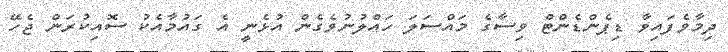
ދިމާވެފައިވާ ޑިޕެންޑެންޓް ވިސާގެ މައްސަލަ ހައްލުނުވެގެން އުޅެނީ އެ ގައުމާއެކު ސޮއިކުރަން ޖެހޭ